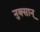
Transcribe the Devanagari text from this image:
नुक्सान्